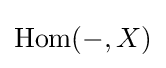
{\text{Hom}}(-,X)